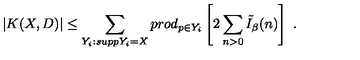
\left. | K ( X , D ) | \leq \sum _ { Y _ { i } : s u p p Y _ { i } = X } p r o d _ { p \in Y _ { i } } \left[ 2 \sum _ { n > 0 } \tilde { I } _ { \beta } ( n ) \right] \ . \right.